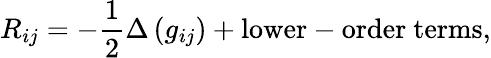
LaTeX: R_{ij}=-{\frac{1}{2}}\Delta\left(g_{ij}\right)+{\mathrm{lower-order~terms}},